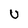
Character: U